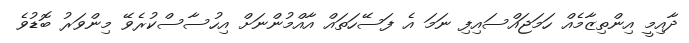
ދާއިމީ އިންތިޒާމެއް ހަމަޖައްސައިފި ނަމަ އެ ފަސޭހަތައް އާއްމުންނަށް އިހުސާސްކުރެވޭ މިންވަރު ބޮޑުވެ